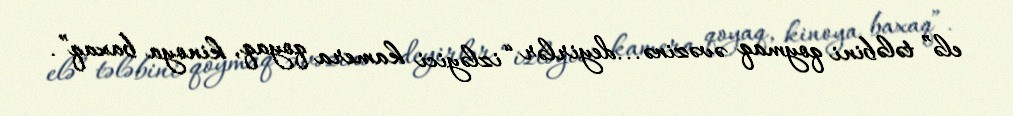
elə” tələbini qoymaq əvəzinə...deyirlər “izləyici kamera qoyaq, kinoya baxaq”.